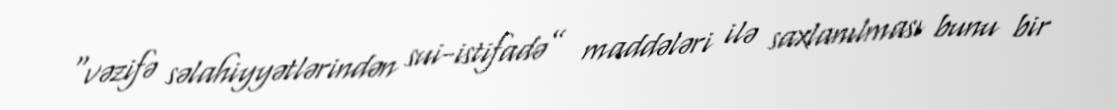
“vəzifə səlahiyyətlərindən sui-istifadə” maddələri ilə saxlanılması bunu bir